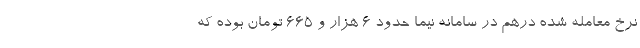
نرخ معامله شده درهم در سامانه نیما حدود ۶ هزار و ۶۶۵ تومان بوده که